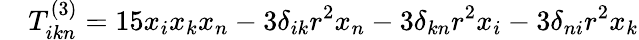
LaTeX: \quad T_{ikn}^{(3)}=15x{_{i}}x{_{k}}x{_{n}}-3\delta_{ik}{r^{2}}x{_{n}}-3\delta_{kn}{r^{2}}x{_{i}}-3\delta_{ni}{r^{2}}x{_{k}}